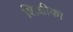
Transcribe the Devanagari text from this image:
शिक्षीका